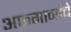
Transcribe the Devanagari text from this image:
अफगानांचे